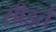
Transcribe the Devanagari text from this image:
सीइर्त